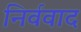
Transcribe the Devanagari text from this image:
निर्ववाद